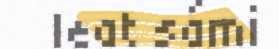
leat sámi